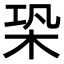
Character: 𣑦